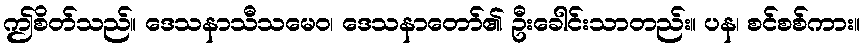
ဤစိတ်သည်။ ဒေသနာသီသမေဝ၊ ဒေသနာတော်၏ ဦးခေါင်းသာတည်း။ ပန၊ စင်စစ်ကား။